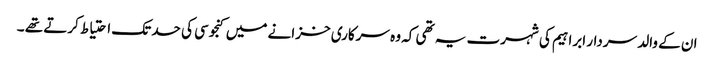
ان کے والد سردار ابراہیم کی شہرت یہ تھی کہ وہ سرکاری خزانے میں کنجوسی کی حد تک احتیاط کرتے تھے ۔